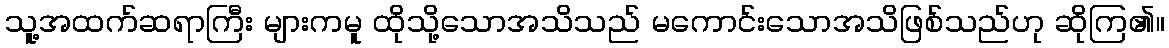
သူ့အထက်ဆရာကြီး များကမူ ထိုသို့သောအသိသည် မကောင်းသောအသိဖြစ်သည်ဟု ဆိုကြ၏။